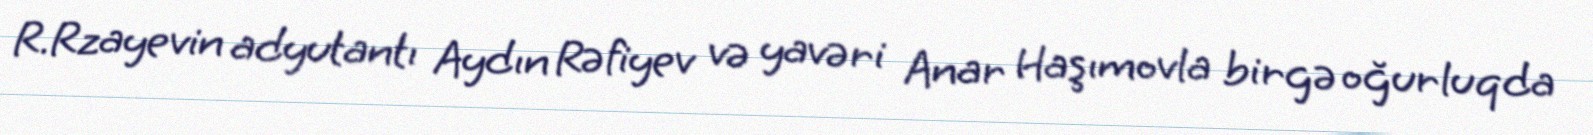
R.Rzayevin adyutantı Aydın Rəfiyev və yavəri Anar Haşımovla birgə oğurluqda